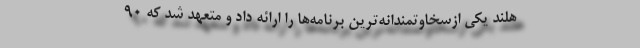
هلند یکی ازسخاوتمندانه‌ترین برنامه‌ها را ارائه داد و متعهد شد که 90